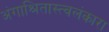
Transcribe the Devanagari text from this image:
अंगाश्रितास्त्वलंकारा